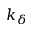
k _ { \delta }